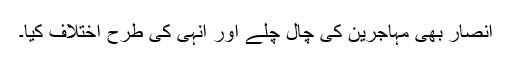
انصار بھی مہاجرین کی چال چلے اور انہی کی طرح اختلاف کیا۔